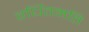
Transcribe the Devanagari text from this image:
वर्धितमति